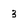
Character: 3